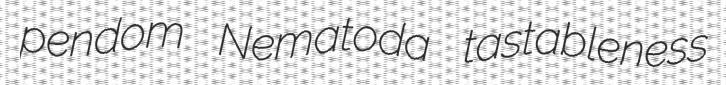
pendom Nematoda tastableness